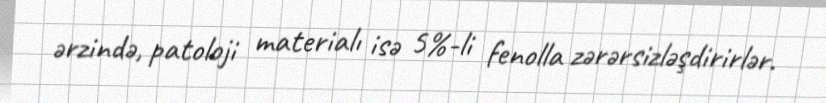
ərzində, patoloji materialı isə 5%-li fenolla zərərsizləşdirirlər.